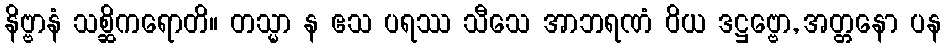
နိဗ္ဗာနံ သစ္ဆိကရောတိ။ တသ္မာ န ဧသ ပရဿ သီသေ အာဘရဏံ ဝိယ ဒဋ္ဌဗ္ဗော, အတ္တနော ပန